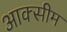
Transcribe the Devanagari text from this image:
आक्सीम